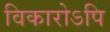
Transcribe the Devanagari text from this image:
विकारोऽपि